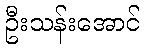
ဦးသန်းအောင်